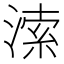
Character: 溹